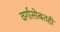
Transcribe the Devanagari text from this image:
वर्गासोबतही